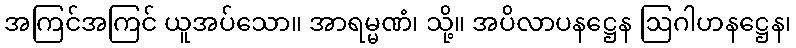
အကြင်အကြင် ယူအပ်သော။ အာရမ္မဏံ၊ သို့။ အပိလာပနဋ္ဌေန ဩဂါဟနဋ္ဌေန၊